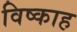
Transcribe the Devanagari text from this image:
विष्काह